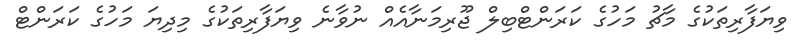
ވިިޔަފާރިތަކުގެ މާޗު މަހުގެ ކަރަންޓްބިލްް ޖޫރިމަނާއެއް ނުވާނެ ވިޔަފާރިތަކުގެ މިދިޔަ މަހުގެ ކަރަންޓް